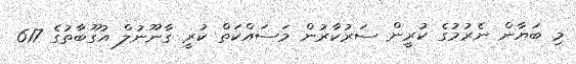
މި ބަޔާން ނެރުމުގެ ކުރީން ސަރުކާރުން މަަސައްކަތް ކުރީ ގާނޫނުލް އުގޫބާތުގެ 617